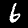
Digit: 6